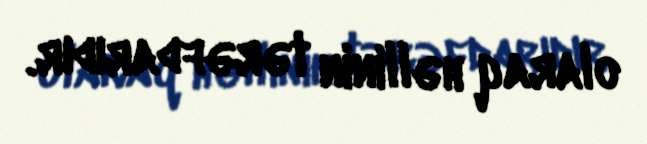
olaraq həllinin tərəfdarıdır.